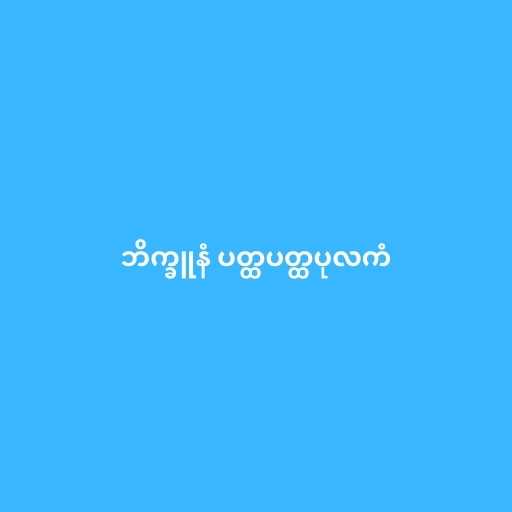
ဘိက္ခူနံ ပတ္ထပတ္ထပုလကံ